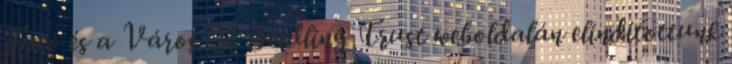
Futó és a Város: A Seedling Trust weboldalán elindítottunk